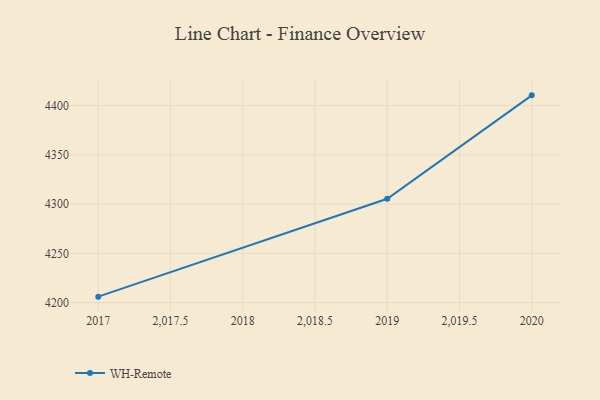
{"axis": {"x": "Year", "y": "Customer Acquisition Cost (USD)"}, "legend": ["WH-Remote"], "data": [{"x": "2020", "y": 4410.4, "type": "WH-Remote"}, {"x": "2019", "y": 4305.4, "type": "WH-Remote"}, {"x": "2017", "y": 4206.1, "type": "WH-Remote"}]}